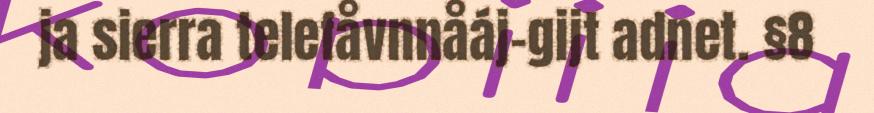
ja sierra telefåvnnåáj-gijt adnet. §8